Vaccine operations Central Provinces 1900-1911 - 1900-1911
Year: 1900
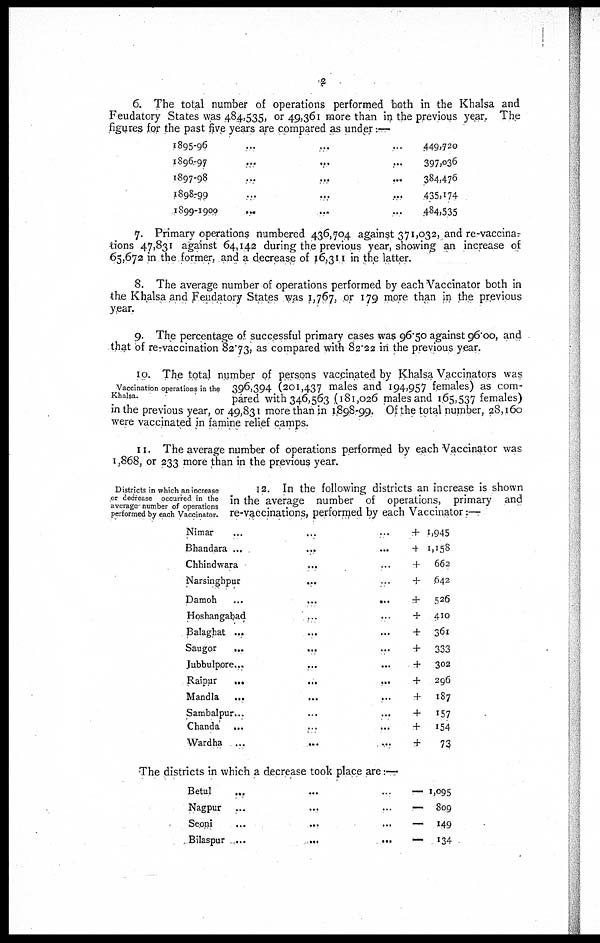
2
6. The total number of operations performed both in the Khalsa and
Feudatory States was 484,535, or 49,361 more than in the previous year. The
figures for the past five years are compared as under:—
1895-96... ... ...
1896-97...
...
...
1897-93... ... ...
1898-99...
...
...
1899-1900... ... ...
449,720
397,036
384,476
435,174
484,535
7. Primary operations numbered 436,704 against 371,032, and re-vaccina.
tions 47,831 against 64,142 during the previous year, showing an increase of
65,672 in the former, and a decrease of 16,311 in the latter.
8. The average number of operations performed by each Vaccinator both in
the Khalsa and Feudatory States was 1,767, or 179 more than in the previous
year.
9. The percentage of successful primary cases was 96.50 against 96.00, and
that of re-vaccination 82.73, as compared with 82.22 in the previous year.
Vaccination operations in the
Khalsa.
10. The total number of persons vaccinated by Khalsa Vaccinators was
396,394 (201,437 males and 194,957 females) as com-
pared with 346,563 (181,026 males and 165,537 females)
in the previous year, or 49,831 more than in 1898-99. Of the total number, 28,160
were vaccinated in famine relief camps.
11. The average number of operations performed by each Vaccinator was
1,868, or 233 more than in the previous year.
Districts in which an increase
or decrease occurred in the
average number of operations
performed by each Vaccinator.
12. In the following districts an increase is shown
in the average number of operations, primary and
re-vaccinations, performed by each Vaccinator:—
Nimar... ... ...
Bhandara...
...
...
Chhindwara... ...
Narsinghpur...
...
Damoh...
...
Hoshangabad... ...
Balaghat... ...
Saugor...
...
Jubbulpore...
...
Raipur...
...
...
Mandla... ... ...
Sambalpur...
...
...
Chanda...
...
...
Wardha...
...
...
+ 1,945
+ 1,158
+ 662
+ 642
+ 526
+ 410
+ 361
+ 333
+ 302
+ 296
+ 187
+ 157
+ 154
+ 73
The districts in which a decrease took place are:—
Betul
...
Nagpur...
Seoni
...
...
...
Bilaspur...
...
...
— 1,095
— 809
— 149
— 134